Report on malaria in the Punjab during the year ...  together with an account of the work of the Punjab Malaria Bureau - Volume 3
Disease focus: Malaria
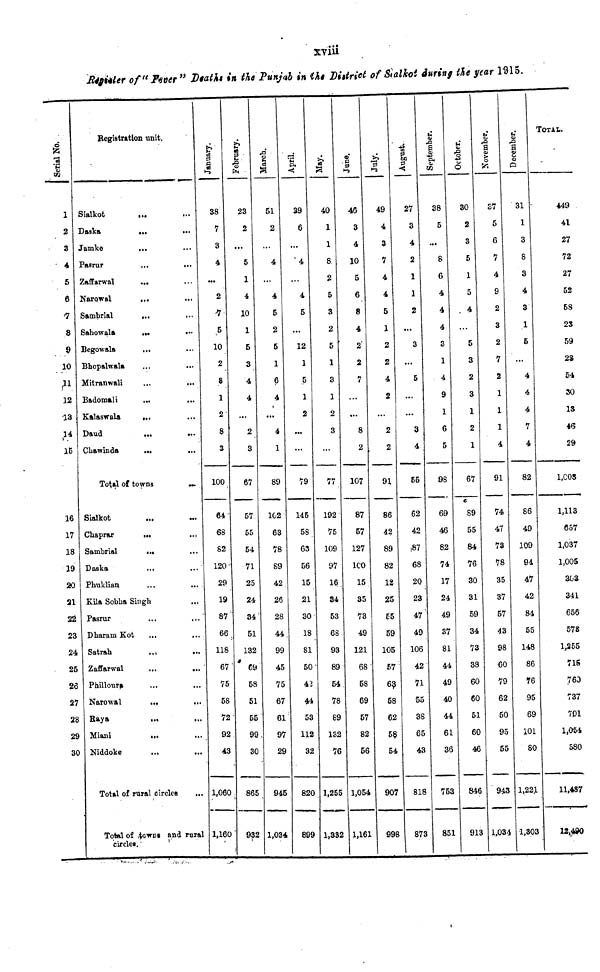
xviii
Register of "Fever" Death in the Punjab in the District of Sialkot during the year. 1915.
Serial No.
1
2
3
4
5
6
7
8
9
10
11
12
13
14
15
16
17
18
19
20
21
22
23
24
25
26
27
28
29
30
Registration unit.
Sialkot
...
Daska
...
...
Jamke
...
Pasrur
...
...
Zaffarwal
...
Narowal
...
Sambrial
...
Sahowal
...
...
Begowala
...
Bhopalwala
Mitranwali
...
...
Badomali
...
Kalaswala
...
Chawinda
...
...
Total of towns
...
Sialkot
Chaprar
...
Sambrial
...
Daska
...
Phuklian
...
...
Kila Sobha Singh
Pasrur
Dharam Kot
...
...
Satrah
Zaffarwal
...
...
Philloura
Narowal
...
...
Baya
Miani
...
Niddoke
...
...
Total of rural circles
...
Total of towns and rural
circles.
January.
38
7
3
4
...
2
5
10
2
8
1
2
8
3
100
64
68
82
120
29
19
87
66
118
67
75
58
72
92
43
1,060
1,160
February.
23
2
...
5
1
4
10
1
5
3
4
4
...
2
3
67
57
55
54
71
25
24
34
51
132
69
58
51
55
99
30
865
932
March.
51
2
...
4
...
4
5
2
5
1
6
4
...
4
1
89
102
63
78
89
42
26
28
44
99
45
75
67
61
97
29
945
1,034
April.
39
6
...
4
...
4
5
...
12
1
5
1
2
...
...
79
145
58
63
56
15
21
30
18
81
50
42
44
53
112
32
820
899
May.
40
1
1
8.
2
5
3
2
5
1
3
1
2
3
...
77
192
75
109
97
16
34
53
68
93
89
54
78
89
132
76
1,255
1,332
June.
46
3
4
10
5
6
8
4
2
2
7
...
8
2
107
87
57
127
100
15
35
73
49
121
68
58
69
57
82
56
1,054
1,161
July.
49
4
3
7
4
4
5
1
2
2
4
2
...
2
2
91
86
42
89
82
12
25
55
59
105
57
63
58
62
58
54
907
998
August.
27
3
4
2
1
1
2
...
3
...
5
...
...
3
4
55
62
42
.87
68
20
23
47
49
106
42
71
55
38
65
43
818
873
September.
38
5
...
8
6
4
4
4
3
1
4
9
1
6
5
98
69
46
82
74
17
24
49
37
81
44
49
40
44
61
36
753
851
October.
30
2
3
5
1
5
. 4
5
3
2
3
1
2
1
67
89
55
84
76
30
31
59
34
73
38
60
60
51
60
46
846
913
November.
37
5
6
7
4
9
2
3
2
7
2
1
1
1
4
91
74
47
73
78
35
37
57
43
98
•60
79
62
50
95
55
943
1,034
December.
31
1
3
8
3
4
3
1
5
...
4
4
4
7
4
82
86
49
109
94
47
42
84
55
148
86
76
95
69
101
80
1,221
1,303
TOTAL
449
41
27
72
27
52
58
23
59
23
54
30
13
46
29
l,003
1,113
657
1,037
1,005
303
341
656
578
1,255
715
760
737
701
1,054
580
11,487
12,400